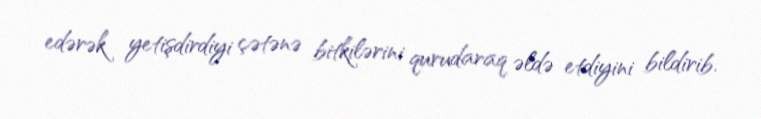
edərək yetişdirdiyi çətənə bitkilərini qurudaraq əldə etdiyini bildirib.